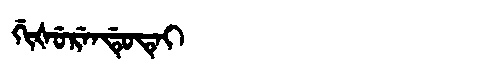
Manchu: ᡤᡳᡧᡠᡵᡝᠨᡩᡠᡨᡝᡳ
Romanization: GIŠURENDUTEI